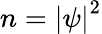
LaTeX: n=\left|\psi\right|^{2}